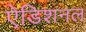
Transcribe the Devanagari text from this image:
ऐडिशनल